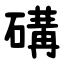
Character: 䃓